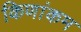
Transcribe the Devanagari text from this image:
किणांकम